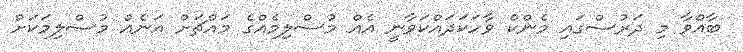
ބާއްވާ މި ދަރުސްގައި މެންކް ވާހަކަދައްކަވާނީ އެއް މުސްލިމެއްގެ މައްޗަށް އަނެއް މުސްލިމަކަށް